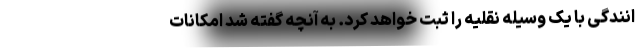
انندگی با یک وسیله نقلیه را ثبت خواهد کرد. به آنچه گفته شد امکانات